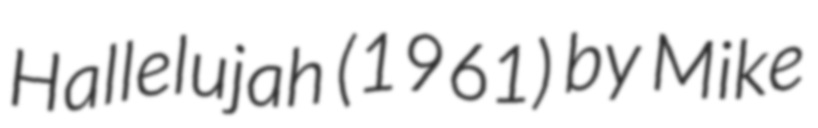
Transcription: Hallelujah (1961) by Mike